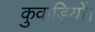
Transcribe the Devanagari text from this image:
कुवाड़ियों।